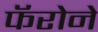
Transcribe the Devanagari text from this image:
फॅरोने